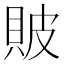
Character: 貱